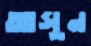
আসুন